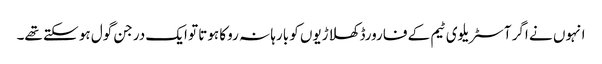
انہوں نے اگر آسٹریلوی ٹیم کے فارورڈ کھلاڑیوں کو بارہا نہ روکا ہوتا تو ایک درجن گول ہو سکتے تھے۔